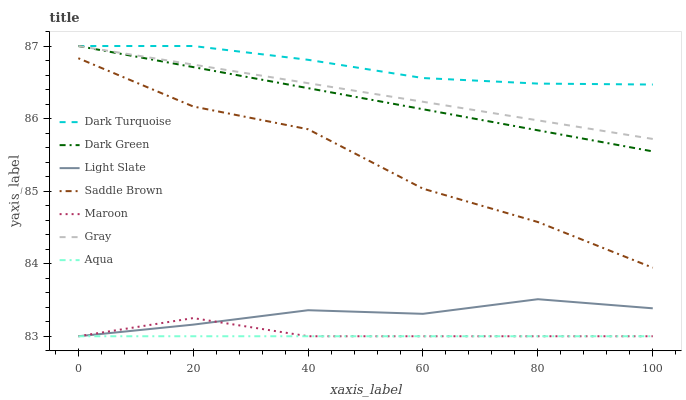
| xaxis_label | Dark Turquoise | Dark Green | Light Slate | Saddle Brown | Maroon | Gray | Aqua |
 | --- | --- | --- | --- | --- | --- | --- | --- |
 | 0 | 87 | 87 | 83 | 86.8 | 83 | 87 | 83 |
 | 20 | 87 | 86.7 | 83.2 | 86.2 | 83.3 | 86.7 | 83 |
 | 40 | 86.8 | 86.4 | 83.4 | 85.9 | 83 | 86.5 | 83 |
 | 60 | 86.6 | 86.1 | 83.3 | 85 | 83 | 86.2 | 83 |
 | 80 | 86.5 | 85.8 | 83.5 | 84.6 | 83 | 86 | 83 |
 | 100 | 86.5 | 85.5 | 83.4 | 83.9 | 83 | 85.7 | 83 |